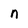
Character: n